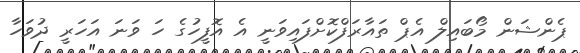
ޕެންޝަން މޯބައިލް އެޕް ތައާރަފްކޮށްފައިވަނީ އެ އޮފީހުގެ ހަ ވަނަ އަހަރީ ދުވަހާ